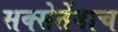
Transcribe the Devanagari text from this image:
सक्सेतेंबाच